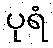
ပုရံ